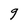
Character: g